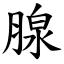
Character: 腺